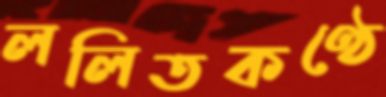
ললিতকণ্ঠে